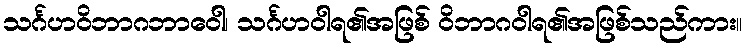
သင်္ဂဟဝိဘာဂဘာဝေါ၊ သင်္ဂဟဝါရ၏အဖြစ် ဝိဘာဂဝါရ၏အဖြစ်သည်ကား။